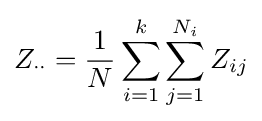
Z_{\cdot \cdot }={\frac {1}{N}}\sum _{i=1}^{k}\sum _{j=1}^{N_{i}}Z_{ij}